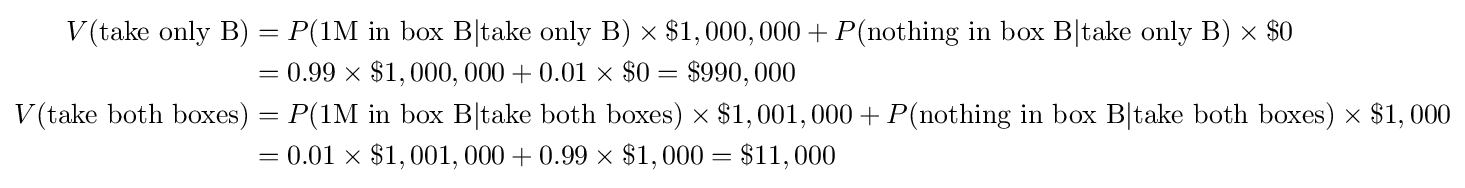
{\begin{aligned}V({\text{take only B}})&=P({\text{1M in box B}}|{\text{take only B}})\times \$1,000,000+P({\text{nothing in box B}}|{\text{take only B}})\times \$0\\&=0.99\times \$1,000,000+0.01\times \$0=\$990,000\\V({\text{take both boxes}})&=P({\text{1M in box B}}|{\text{take both boxes}})\times \$1,001,000+P({\text{nothing in box B}}|{\text{take both boxes}})\times \$1,000\\&=0.01\times \$1,001,000+0.99\times \$1,000=\$11,000\end{aligned}}